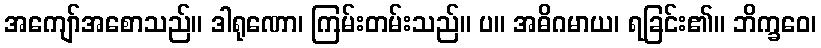
အကျော်အစောသည်။ ဒါရုဏော၊ ကြမ်းတမ်းသည်။ ပ။ အဓိဂမာယ၊ ရခြင်း၏။ ဘိက္ခဝေ၊